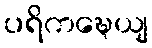
ပရိကဍ္ဎေယျ